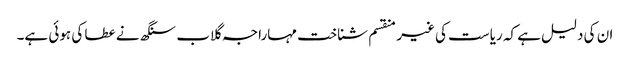
ان کی دلیل ہے کہ ریاست کی غیر منقسم شناخت مہاراجہ گلاب سنگھ نے عطا کی ہوئی ہے۔